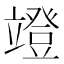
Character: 竳